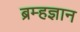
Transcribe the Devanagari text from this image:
ब्रम्हज्ञान